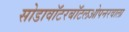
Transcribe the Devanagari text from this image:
सोडावॉटरबॉटलओपनरवाला